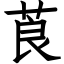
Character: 莨